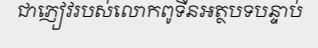
ជាភ្ញៀវរបស់លោកពូទីនអត្ថបទបន្ទាប់